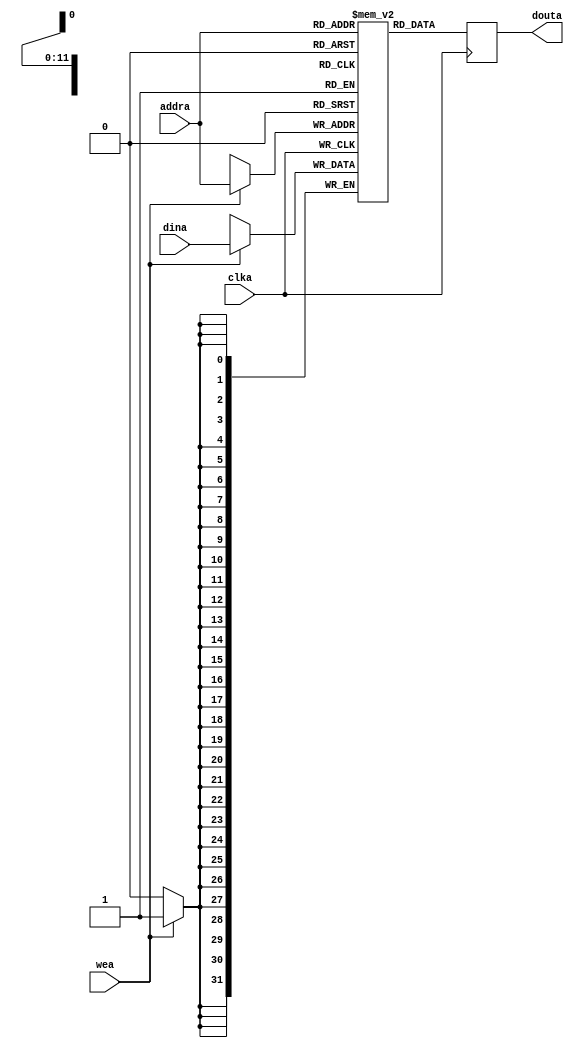
module DMem(
    input [11:0] addra,
    input wea,
    input [31:0] dina,
    input clka,

    output reg [31:0] douta
);
    reg[31:0] DMEM[0:4095];
    always @(posedge clka) begin
        if(wea) begin
            DMEM[addra] <= dina;
        end
        douta <= DMEM[addra];
    end
endmodule

// module Palatte (
//     input clka,
//     input wea,
//     input  [ 4:0] addra,
//     input  [31:0] dina,
//     input  [ 4:0] addrb,
//     output reg [31:0] doutb
// );
//     reg[31:0] DMEM[0:31];
//     always @(posedge clka) begin
//         if(wea) begin
//             DMEM[addra] <= dina;
//         end
//         doutb <= DMEM[addrb];
//     end
// endmodule

module VRAM(
    input clka,
    input wea,
    input  [17:0] addra,
    input  [31:0] dina,
    input  [17:0] addrb,
    output reg [31:0] douta,
    output reg [31:0] doutb
);
    reg[31:0] DMEM[0:262143];
    always @(posedge clka) begin
        if(wea) begin
           DMEM[addra] <= dina;
        end
        douta <= DMEM[addra];
        doutb <= DMEM[addrb];
    end

endmodule